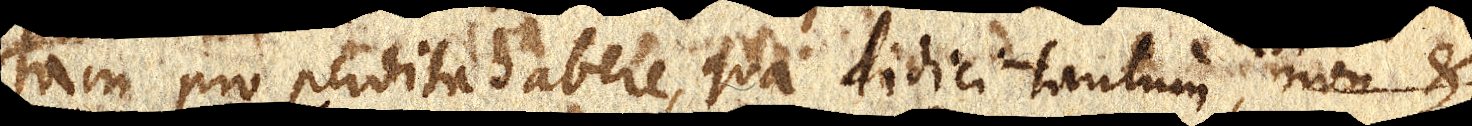
tam pro perdita habere, qua didici tantum, non &